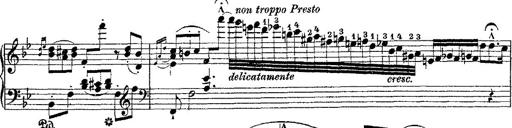
Title: Fantaisie romantique sur deux mÃ©lodies suisses
Composer: Franz Liszt